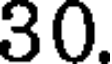
30.